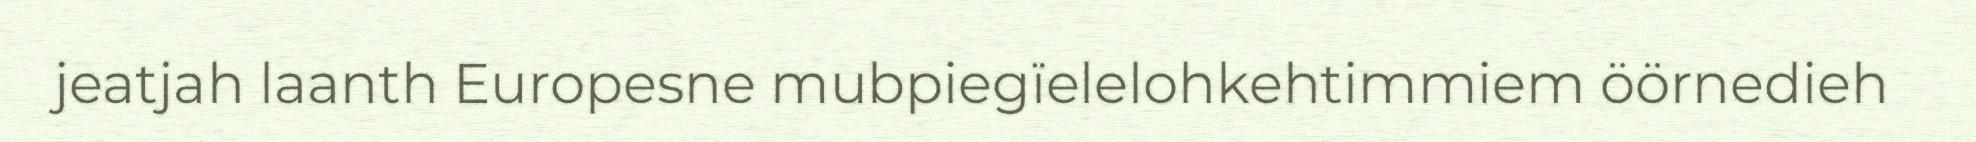
jeatjah laanth Europesne mubpiegïelelohkehtimmiem öörnedieh